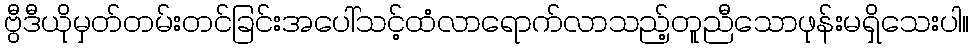
ဗွီဒီယိုမှတ်တမ်းတင်ခြင်းအပေါ်သင့်ထံလာရောက်လာသည့်တူညီသောဖုန်းမရှိသေးပါ။